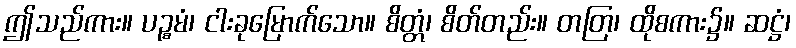
ဤသည်ကား။ ပဉ္စမံ၊ ငါးခုမြောက်သော။ စိတ္တံ၊ စိတ်တည်း။ တတြ၊ ထိုစကား၌။ ဆဋ္ဌံ၊